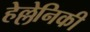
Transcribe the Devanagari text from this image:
हेल्लेनिकी